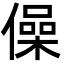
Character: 僺